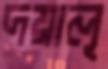
দয়ালূ